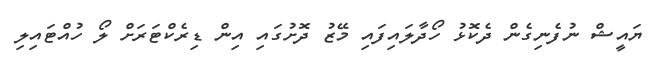
ޔައީޝް ނުފެނިގެން ދެކޮޅު ހޯދާލައިފައި މޭޒު ދޮށުގައި އިން ޑިރެކްޓަރަށް ލޯ ހުއްޓައިލި